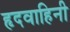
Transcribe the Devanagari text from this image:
हृदवाहिनी